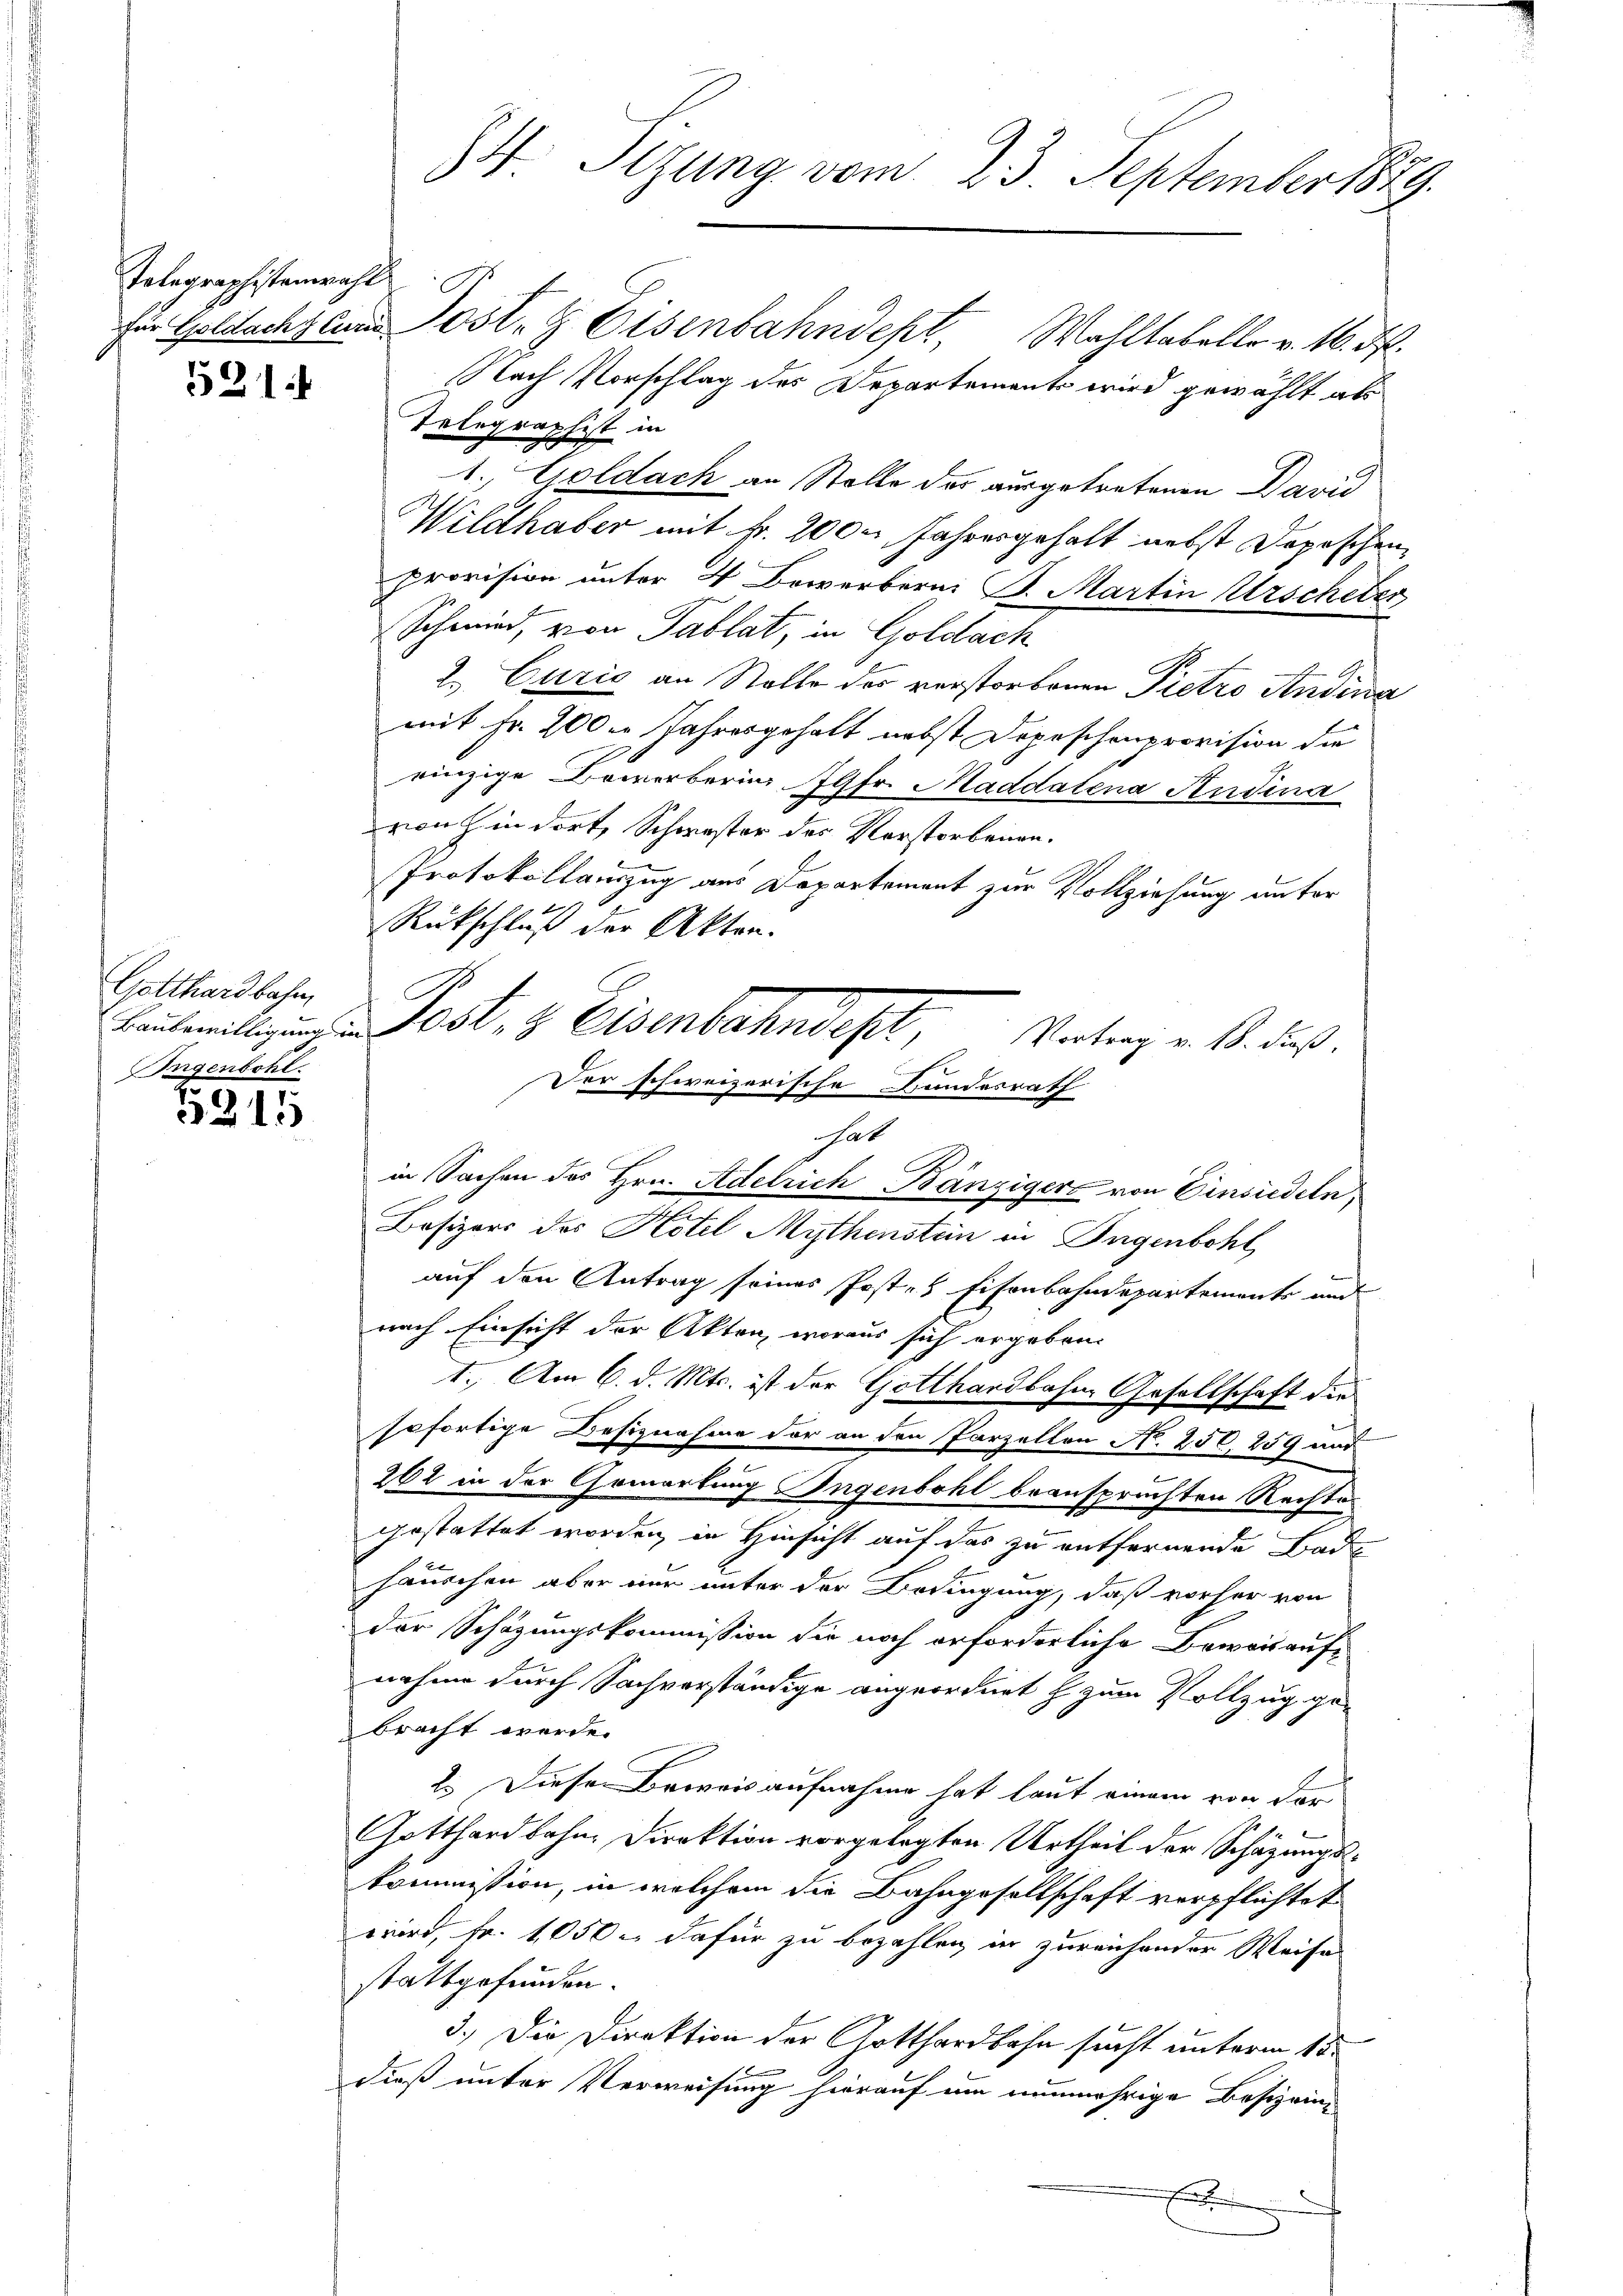
Telegraphistenwahl

5214

Gotthardbahn.
Ingenbohl

5315

34. Sitzung vom 23. September 1889.

für Goldachten Post- & Eisenbahndept, Wahltabello v. M. D.
Nach Vorschlag des Departements wird gewählt als
Telegraphist in
1. Goldach an Stelle des ausgetretenen David
Wildhaber mit Fr. 2000 Jahresgehalt nebst Depeschen
Provision unter 4 Bewerberni B. Martin Urscheter
Schmied, von Tablat, in Goldach
2. Curie an Stolle der verstorbenen Pietro Andina
mit Fr. 200er Jahresgehalt nebst Depeschenprovision die
rinzige Bewerbering fr. Raddalena Andina
von hin dort, Schwester des Verstorbenen.
Protokollauszug aus Departement zur Vollziehung unter
Rückschluß der Akten.
Benteilung. Dest, 3 Eisenbahndept,
Vortrag v. 18. dieß,
in Sachen des Hrn. Adelrich Bänzigers von Einsiedeln,
Besizers des Hotel Mythensten in Ingenbohl
auf den Antrag seines Post- & Eisenbahndepartemente und
nach Einsicht der Akten, woraus sich ergeben:
1. Am 6. d. Mts. ist der Gotthardbahne Gesellschaft die
sofortige Besiznahme der an den Parzellen N. 250, 259 und
e
261 in der Gewartung Ingenbohl beanspruchten Rechtes
gestattet worden, in Hinsicht auf das zu entfernende Bade
häuschen aber nur unter der Bedingung, daß vorher von
der Schazungskommission sie noch erforderliche Beweis auf-
nahme durch Sachverständige angeordnet h zum Vollzug ge-
bracht werde.
2. Diese Beweis aufnahme hat laut einem von der
Gotthardbahn, Direktion vorgelegten Urtheil der Schazungskommission, in welchem die Bahngesellschaft verpflichtet
wird, Fr. 1050 u. dafür zu bezahlen in zureichender Weise
stattgefunden.
3.) Die Direktion der Gotthardbahn sucht unterm 15.
dieß unter Verweisung hierauf um nunmehrige Besizein¬
E

Der schweizerische Handesrath
at